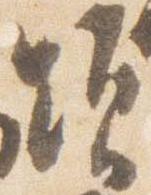
顕